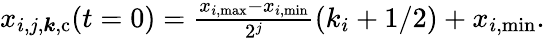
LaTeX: \begin{array}{r}{x_{i,j,\boldsymbol{k},\mathrm{c}}(t=0)=\frac{x_{i,\mathrm{max}}-x_{i,\mathrm{min}}}{2^{j}}(k_{i}+1/2)+x_{i,\mathrm{min}}.}\end{array}